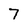
Character: 7